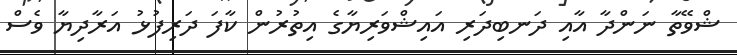
ޝްވޭތާ ނަންދާ އާއި ދަނބިދަރި އައިޝްވަރިޔާގެ އިތުރުން ކާފަ ދަރިފުޅު އަރާދިޔާ ވެސް